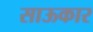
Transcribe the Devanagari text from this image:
साऊकार